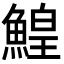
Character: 鰉